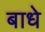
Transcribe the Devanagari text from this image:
बाधे